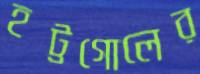
হট্টগোলের